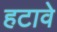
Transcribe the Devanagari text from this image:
हटावे